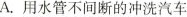
A.用水管不间断的冲洗汽车